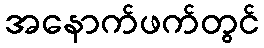
အနောက်ဖက်တွင်